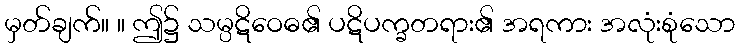
မှတ်ချက်။ ။ ဤ၌ သမ္ပဋိဝေဓ၏ ပဋိပက္ခတရား၏ အရကား အလုံးစုံသော